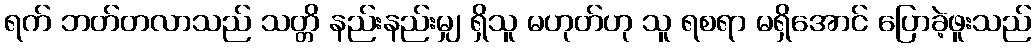
ရက် ဘတ်တလာသည် သတ္တိ နည်းနည်းမျှ ရှိသူ မဟုတ်ဟု သူ ရစရာ မရှိအောင် ပြောခဲ့ဖူးသည်